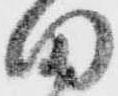
田